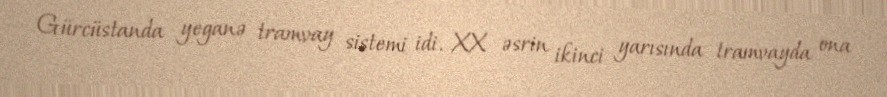
Gürcüstanda yeganə tramvay sistemi idi. XX əsrin ikinci yarısında tramvayda ona